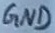
Text: GND